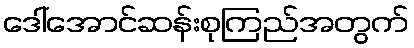
ဒေါ်အောင်ဆန်းစုကြည်အတွက်